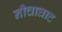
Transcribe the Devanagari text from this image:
नीचाघाट